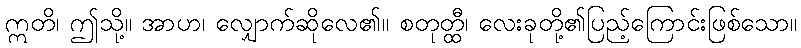
ဣတိ၊ ဤသို့။ အာဟ၊ လျှောက်ဆိုလေ၏။ စတုတ္ထီ၊ လေးခုတို့၏ပြည့်ကြောင်းဖြစ်သော။